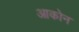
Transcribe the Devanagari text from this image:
आकोन